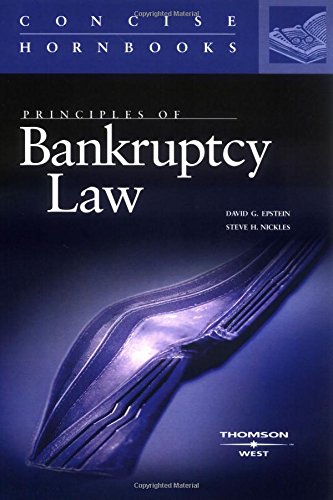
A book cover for Principles of Bankruptcy Law (Concise Hornbook Series); David Epstein; Law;